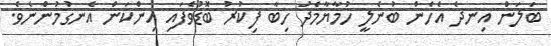
ބަލަން އިނދެ އެހެން ބުނެލީ ހުމާޔާމެދު ހިބާ ފިކުރު ބޮޑުވެފައި އިންކަން އެނގުމުންނެވެ.